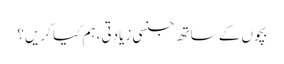
بچوں کے ساتھ جنسی زیادتی، ہم کیا کریں؟